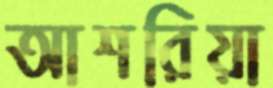
আশরিয়া